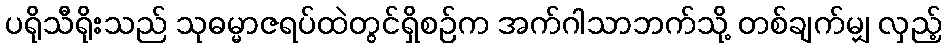
ပရိုသီရိုးသည် သုဓမ္မာဇရပ်ထဲတွင်ရှိစဉ်က အက်ဂါသာဘက်သို့ တစ်ချက်မျှ လှည့်